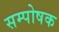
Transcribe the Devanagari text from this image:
सम्पोषक